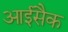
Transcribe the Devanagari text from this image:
आईसैक